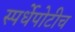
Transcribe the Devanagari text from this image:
स्पर्धेपोटीच